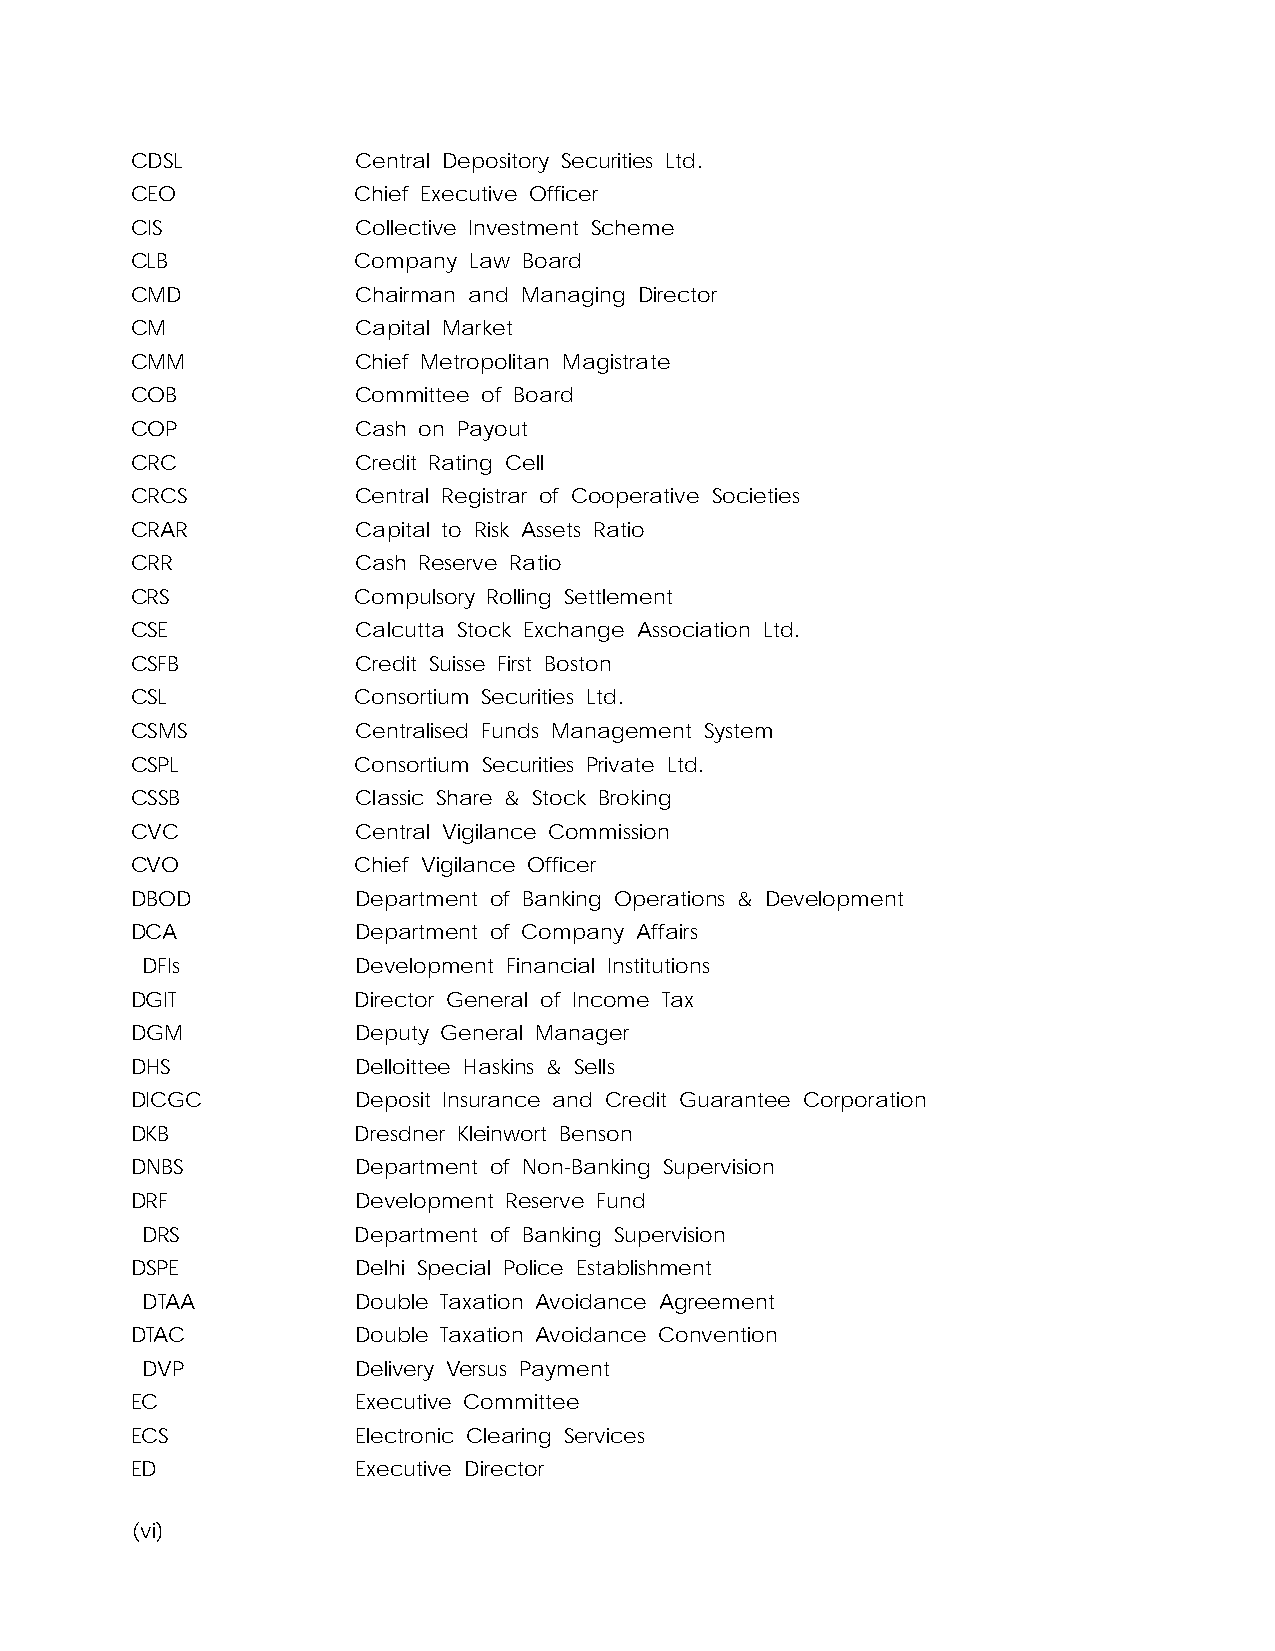
CDSL           Central Depository Securities Ltd.
 CEO            Chief Executive Officer
 CIS            Collective Investment Scheme
 CLB            Company Law Board
 CMD            Chairman and Managing Director
 CM             Capital Market
 CMM            Chief Metropolitan Magistrate
 COB            Committee of Board
 COP            Cash on Payout
 CRC            Credit Rating Cell
 CRCS           Central Registrar of Cooperative Societies
 CRAR           Capital to Risk Assets Ratio
 CRR            Cash Reserve Ratio
 CRS            Compulsory Rolling Settlement
 CSE            Calcutta Stock Exchange Association Ltd.
 CSFB           Credit Suisse First Boston
 CSL            Consortium Securities Ltd.
 CSMS           Centralised Funds Management System
 CSPL           Consortium Securities Private Ltd.
 CSSB           Classic Share & Stock Broking
 CVC            Central Vigilance Commission
 CVO            Chief Vigilance Officer
 DBOD           Department of Banking Operations & Development
 DCA            Department of Company Affairs
 DFIs           Development Financial Institutions
 DGIT           Director General of Income Tax
 DGM            Deputy General Manager
 DHS            Delloittee Haskins & Sells
 DICGC          Deposit Insurance and Credit Guarantee Corporation
 DKB            Dresdner Kleinwort Benson
 DNBS           Department of Non-Banking Supervision
 DRF            Development Reserve Fund
 DRS            Department of Banking Supervision
 DSPE           Delhi Special Police Establishment
 DTAA           Double Taxation Avoidance Agreement
 DTAC           Double Taxation Avoidance Convention
 DVP            Delivery Versus Payment
 EC             Executive Committee
 ECS            Electronic Clearing Services
 ED             Executive Director
 (vi)